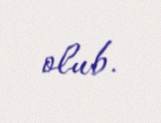
olub.